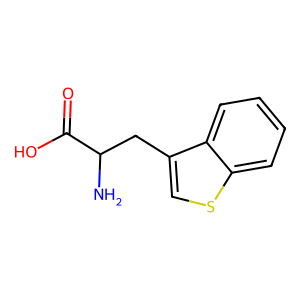
SMILES: NC(Cc1csc2ccccc12)C(=O)O
Inhibits HIV replication: No